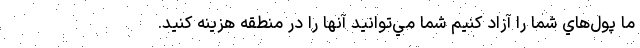
ما پول‌هاي شما را آزاد كنيم شما مي‌توانيد آنها را در منطقه هزينه كنيد.